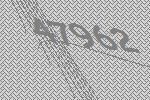
47962